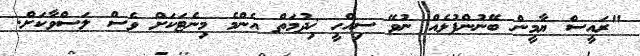
"ރައީސް ޔާމީން ބޭނުންފުޅެއް ނުވޭ ސިއްހީ ޚިދުމަތް އެންމެ މިނެޓަކަށް ވެސް ލަސްވާކަށް.